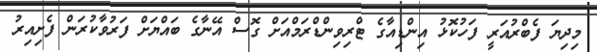
މިދިޔަ ފެބްރުއަރީ ފަހުކޮޅު އިންޑިއާގެ ޓްރިވިންޑްރަމްއަށް ގޮސް އޭނާގެ ބައްޔަށް ފަރުވާކުރަން ފެށިއިރު